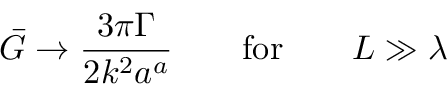
{ \cal \bar { G } } \to \frac { 3 \pi \Gamma } { 2 k ^ { 2 } a ^ { a } } \qquad \mathrm { f o r } \qquad L \gg \lambda